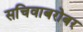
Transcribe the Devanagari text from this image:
सचिवाबरोबर